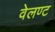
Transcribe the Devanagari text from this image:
वेलण्ट